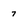
Character: 7